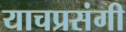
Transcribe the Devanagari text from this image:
याचप्रसंगी